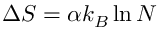
\Delta S = \alpha k _ { B } \ln N